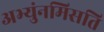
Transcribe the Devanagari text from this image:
अभ्युंनमिसति